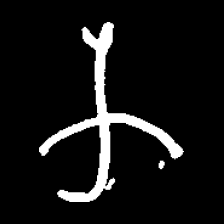
Pyu character \u2014 Myanmar letter: က (romanized: ka)